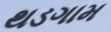
થડગામ